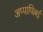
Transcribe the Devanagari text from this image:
अप्पापिल्लई